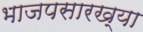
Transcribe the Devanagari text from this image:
भाजपसारख्या